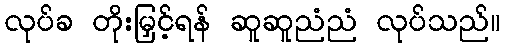
လုပ်ခ တိုးမြှင့်ရန် ဆူဆူညံညံ လုပ်သည်။